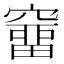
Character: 𥨌